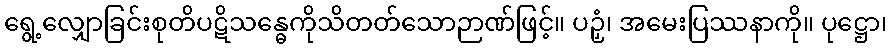
ရွေ့လျှောခြင်းစုတိပဋိသန္ဓေကိုသိတတ်သောဉာဏ်ဖြင့်။ ပဉှံ၊ အမေးပြဿနာကို။ ပုဋ္ဌော၊